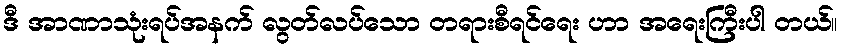
ဒီ အာဏာသုံးရပ်အနက် လွတ်လပ်သော တရားစီရင်ရေး ဟာ အရေးကြီးပါ တယ်။